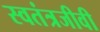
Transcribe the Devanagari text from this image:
स्वतंत्रजीवी